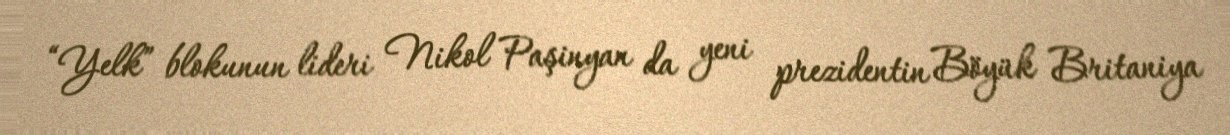
“Yelk” blokunun lideri Nikol Paşinyan da yeni prezidentin Böyük Britaniya